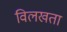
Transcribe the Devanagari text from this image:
विलखता